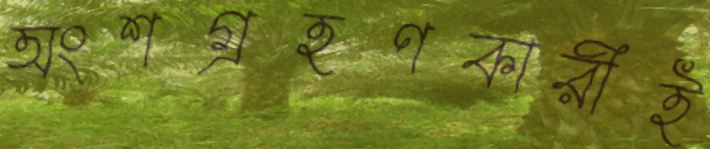
অংশগ্রহণকারীই